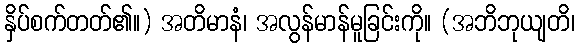
နှိပ်စက်တတ်၏။) အတိမာနံ၊ အလွန်မာန်မူခြင်းကို။ (အဘိဘုယျတိ၊